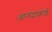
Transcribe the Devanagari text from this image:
आनंदाकडे